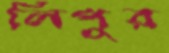
লিপুর